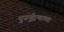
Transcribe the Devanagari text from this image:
पुनर्मुद्रणाच्या